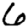
Digit: 6